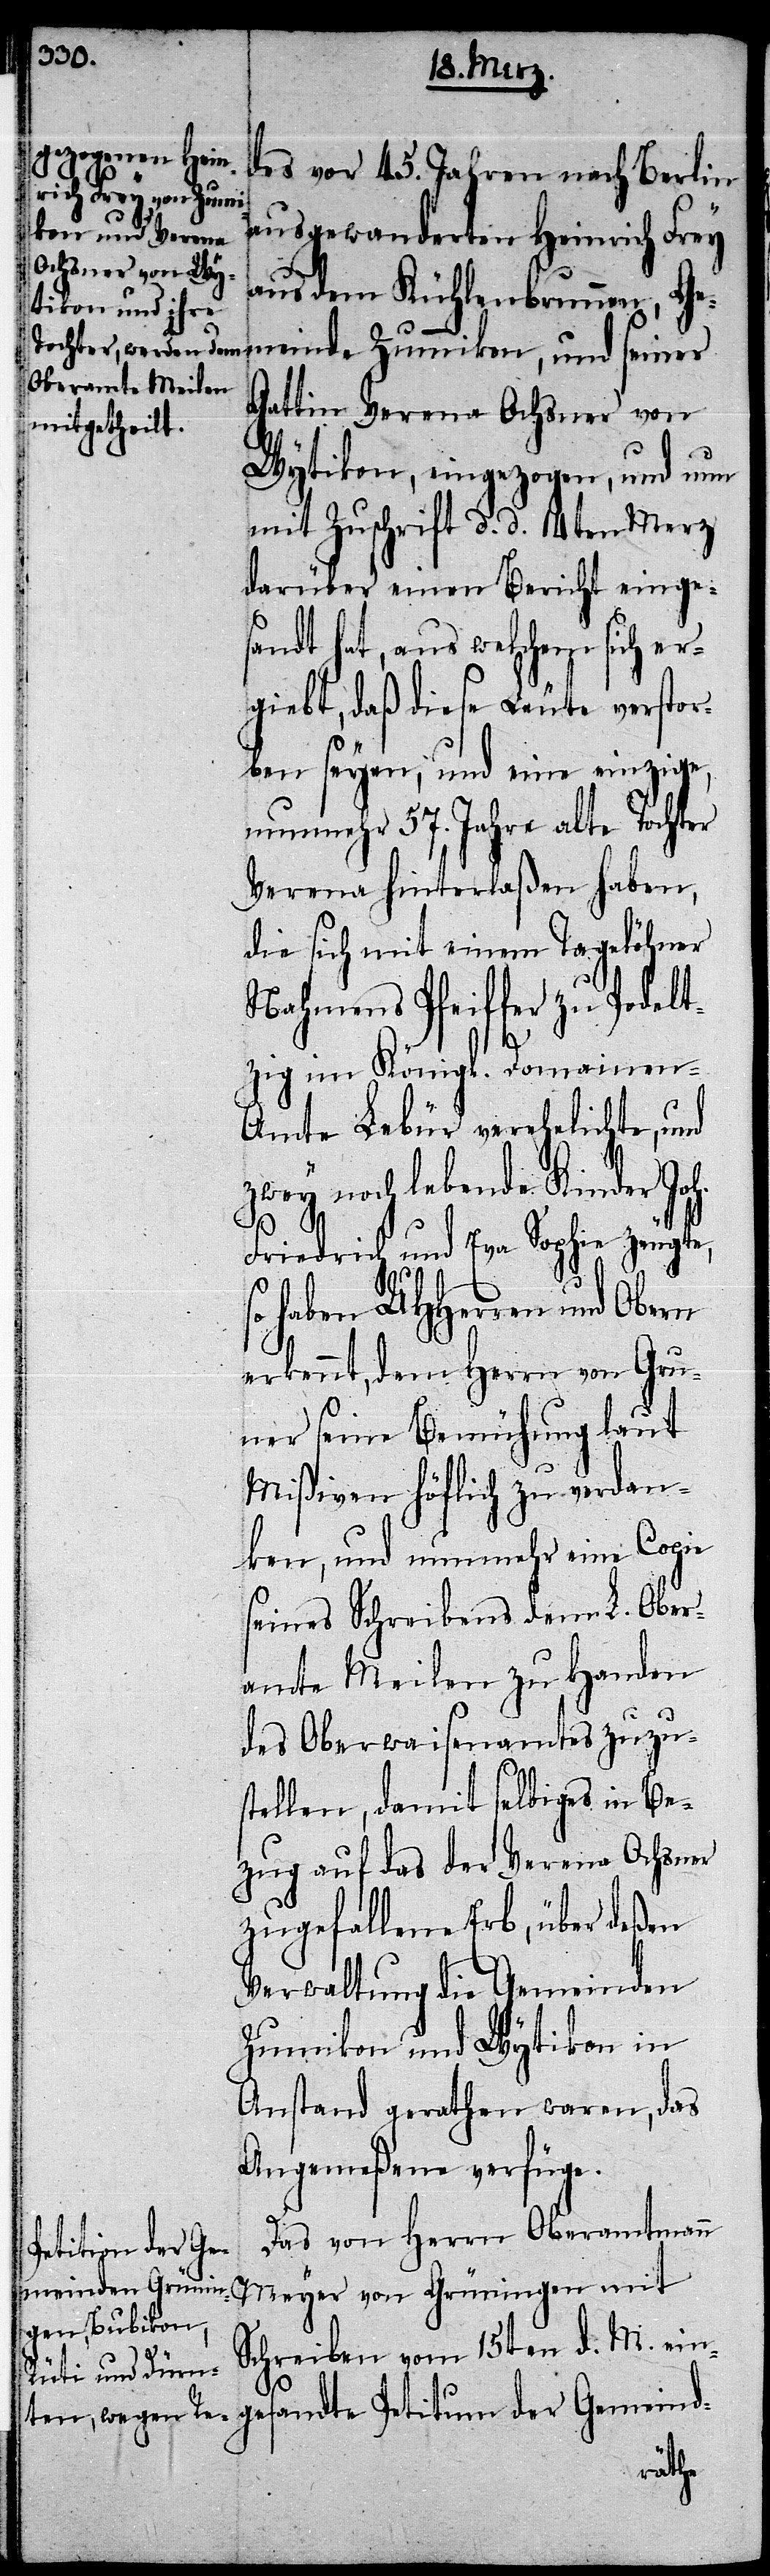
des vor 45. Jahren nach Berlin
titum der Gemeind-
ausgewanderten Heinrich Frey
aus dem Kühlenbrunnen, Ge¬
meinde Zumikon, und seiner
Gattin Verena Ochsner von
Wytikon, eingezogen, und nun
mit Zuschrift d. d. 14ten Merz
darüber einen Bericht einge¬
sandt hat, aus welchem sich er¬
giebt, daß diese Leute verstor¬
ben seyen, und eine einzige,
nunmehr 57. Jahre alte Tochter
Verena hinterlaßen haben,
die sich mit einem Tagelöhner
Nahmens Pfeiffer zu Podelt¬
zig im Königl. Domainen-A¬
mte Lebür verehelichte, und
zwey noch lebende Kinder Joh.
Friedrich und Eva Sophie zeugte,
haben UHHerren und Obern
erkennt, dem Herrn von Gru¬
ner seine Bemühung laut
Mißiven höflich zu verdan¬
ken, und nunmehr eine Copie
seines Schreibens dem L. Ober¬
amte Meilen zu Handen
des Oberwaisenamtes zuzus¬
tellen, damit selbiges in Be¬
zug auf das der Verena Ochsner
zugefallene Erb, über deßen
Verwaltung die Gemeinden
Zumikon und Wytikon in
Anstand gerathen waren, das
Angemeßene verfüge.
Das von Herrn Oberamtmann
gesandte Pe¬
Schreiben vom 15ten d. M. ein¬